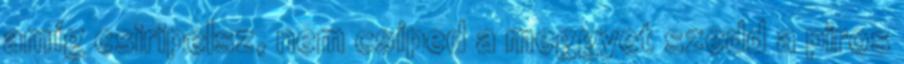
amíg csiripelsz, nem csíped a meggyet szedd a piros